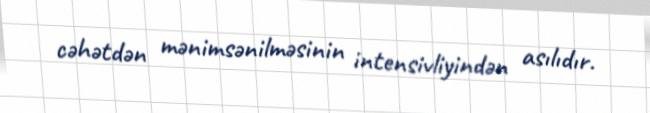
cəhətdən mənimsənilməsinin intensivliyindən asılıdır.